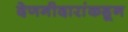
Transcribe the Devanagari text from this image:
देणगीदारांकडून